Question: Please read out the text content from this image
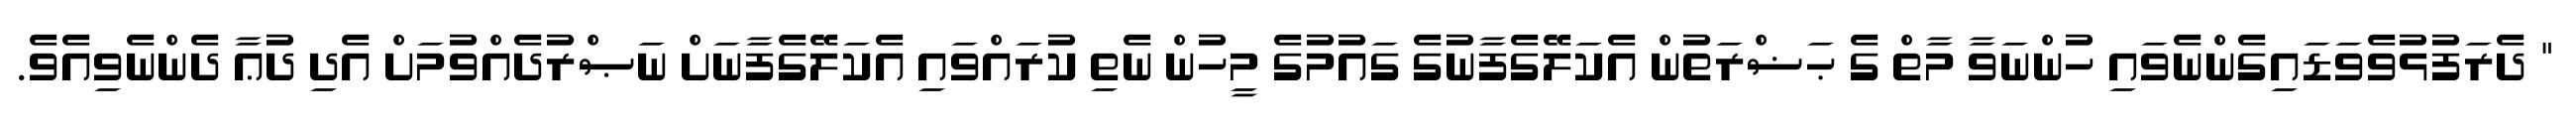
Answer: " ދެރަފުޅުވެވަޑައިގެންނެވައި ހުންނަވާ މާތް ގެ ޙަޟްރަތުން އެކަލޭގެފާނުގެ ގައުމުގެ މީހުން ނެތި ކުރައްވައި އެކަލޭގެފާނަށް ނަޞްރުދެއްވުމަށް އެދި ދުޢާ ދެންނެވިއެވެ.